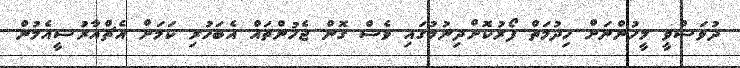
ދުވަސްވީ މީހުންނަށް ހިދުމަތް ފޯރުކޮށްދިނުމުގައި ވެސް ގޮން ޖެހުންތައް އެބަހުރި ކަމަށް އެޗްއާރުސީއެމުން